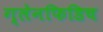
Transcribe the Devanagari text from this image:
ग्लेनफिडिच